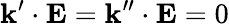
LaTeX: {\mathbf{k}}^{\prime}\cdot{\mathbf{E}}={\mathbf{k}}^{\prime\prime}\cdot{\mathbf{E}}=0